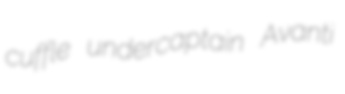
cuffle undercaptain Avanti